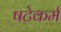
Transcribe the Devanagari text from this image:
षटेकर्म